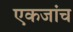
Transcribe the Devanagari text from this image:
एकजांच